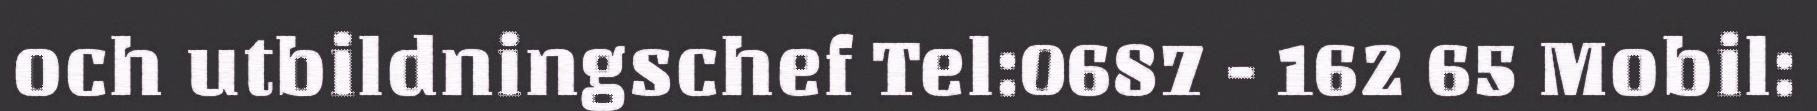
och utbildningschef Tel:0687 - 162 65 Mobil: